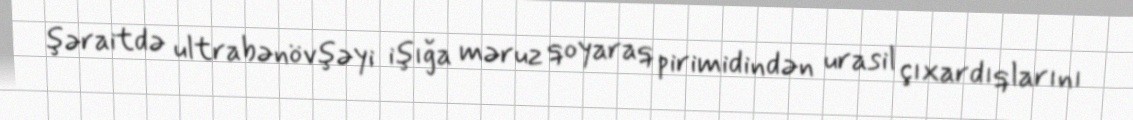
şəraitdə ultrabənövşəyi işığa məruz qoyaraq pirimidindən urasil çıxardıqlarını